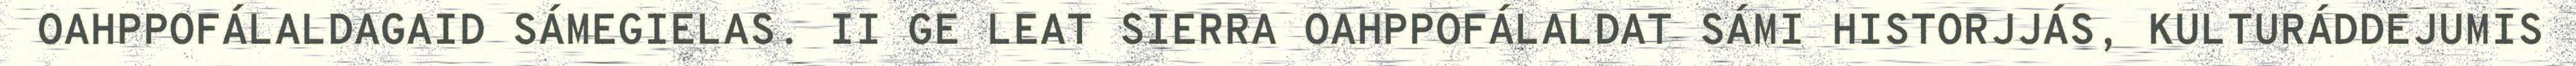
OAHPPOFÁLALDAGAID SÁMEGIELAS. II GE LEAT SIERRA OAHPPOFÁLALDAT SÁMI HISTORJJÁS, KULTURÁDDEJUMIS